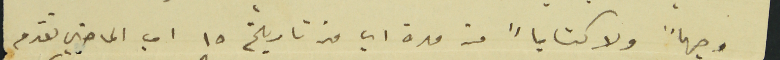
وجهاً ولا كتاباً من مدة اي من تاريخ ١٥ اب الماضي تقدم